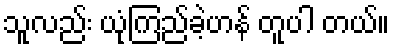
သူလည်း ယုံကြည်ခဲ့ဟန် တူပါ တယ်။